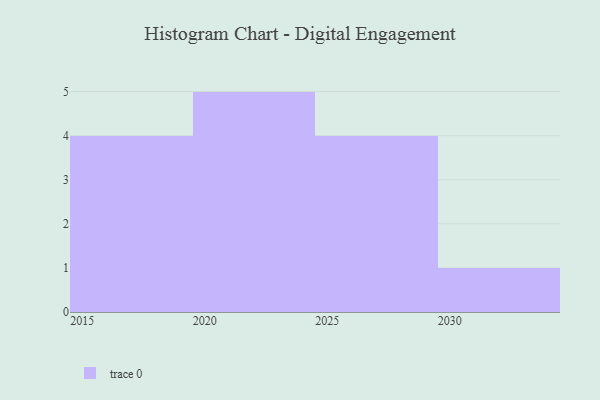
{"axis": {"x": "Year", "y": "Latency (ms)"}, "legend": [""], "data": [{"x": "2030", "y": 21, "type": ""}, {"x": "2026", "y": 23, "type": ""}, {"x": "2022", "y": 98, "type": ""}, {"x": "2019", "y": 41, "type": ""}, {"x": "2016", "y": 94, "type": ""}, {"x": "2021", "y": 70, "type": ""}, {"x": "2023", "y": 96, "type": ""}, {"x": "2018", "y": 62, "type": ""}, {"x": "2025", "y": 55, "type": ""}, {"x": "2020", "y": 69, "type": ""}, {"x": "2027", "y": 31, "type": ""}, {"x": "2017", "y": 71, "type": ""}, {"x": "2024", "y": 71, "type": ""}, {"x": "2029", "y": 69, "type": ""}]}